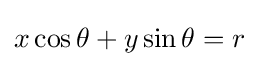
x\cos \theta +y\sin \theta =r